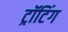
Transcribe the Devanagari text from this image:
ट्रॉटिंग